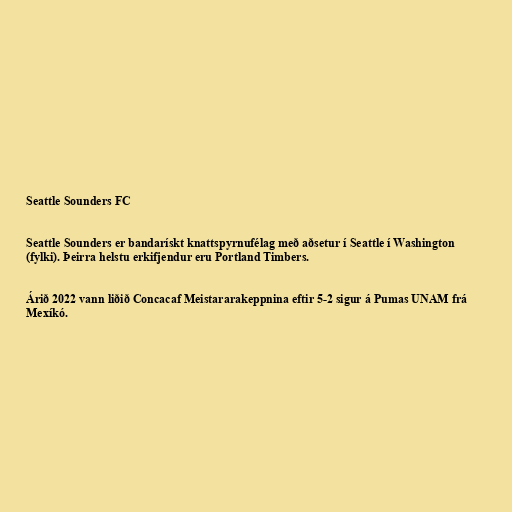
Seattle Sounders FC

Seattle Sounders er bandarískt knattspyrnufélag með aðsetur í Seattle í Washington
(fylki). Þeirra helstu erkifjendur eru Portland Timbers.

Árið 2022 vann liðið Concacaf Meistararakeppnina eftir 5-2 sigur á Pumas UNAM frá
Mexíkó.